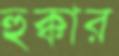
হুক্কার